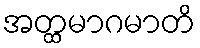
အတ္ထမာဂမာတိ